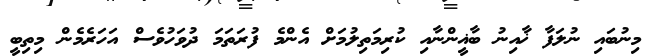
މިނުބައި ނުލަފާ ޚާއިނު ބާޣީންނާއި ކުރިމަތިލުމަށް އެންމެ ފުރަތަމަ ދުވަހުވެސް އަހަރެމެން މިތިބީ